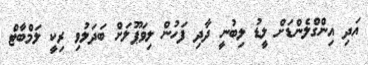
އަދި އިންގްލެންޑަށް ލީޑު ލިބުނީ ދާދި ފަހުން ލިވަޕޫލަށް ބަދަލުވި ރިކީ ލަމްބާޓް